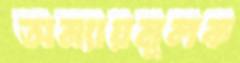
অন্যায়মূলক